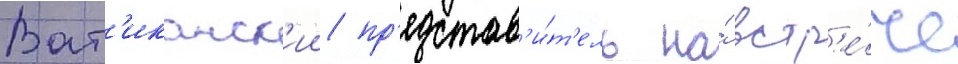
Ват'иканск'ии пр'едстав'и́т'ель на́ встр'е́че